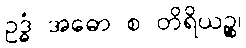
ဥဒ္ဓံ အဓော စ တိရိယဉ္စ၊